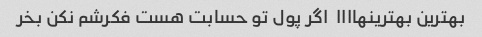
بهترین بهترینهاااا  اگر پول تو حسابت هست فکرشم نکن بخر